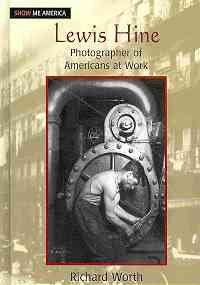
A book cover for Lewis Hine: Photographer of Americans at Work (Show Me America); Richard Worth; Teen & Young Adult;